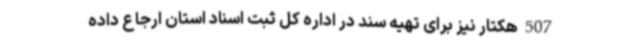
507 هکتار نیز برای تهیه سند در اداره کل ثبت اسناد استان ارجاع داده